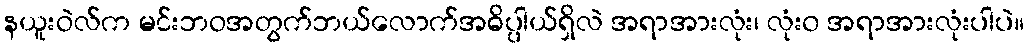
နယူးဝဲလ်က မင်းဘဝအတွက်ဘယ်လောက်အဓိပ္ပါယ်ရှိလဲ အရာအားလုံး၊ လုံး၀ အရာအားလုံးပါပဲ။